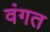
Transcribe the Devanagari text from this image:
वंगत